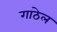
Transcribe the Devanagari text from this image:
गाठेल